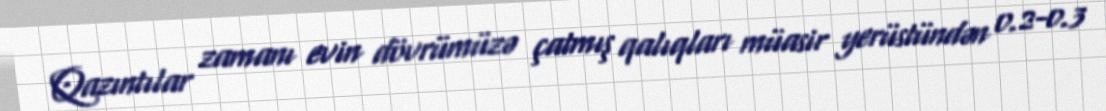
Qazıntılar zamanı evin dövrümüzə çatmış qalıqları müasir yerüstündən 0.2-0.3